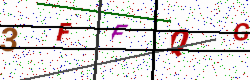
Text: 3FFQG